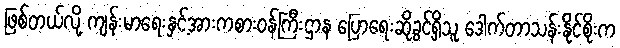
ဖြစ်တယ်လို့ ကျန်းမာရေးနှင့်အားကစားဝန်ကြီးဌာန ပြောရေးဆိုခွင့်ရှိသူ ဒေါက်တာသန်းနိုင်စိုးက